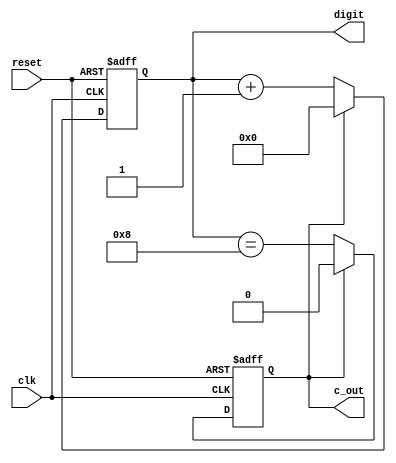
`timescale 1ns / 1ps
//////////////////////////////////////////////////////////////////////////////////
// Company: University of Moratuwa - Integrated Computer Engineering
// 
// Design Name: 
// Module Name:    bcd_digit 
// Project Name: 
// Target Devices: Nexsys2
// Tool versions: 
// Description: 
//
// Dependencies: 
//
// Revision: 
// Revision 2.00 - Reset removed
// Additional Comments: 
//
//////////////////////////////////////////////////////////////////////////////////
module bcd_digit(clk, reset, digit, c_out);
	
	input clk;
   input reset;
   output reg [3:0] digit;
   output reg c_out = 0;

	initial digit = 0;
	
	always @(negedge clk or posedge reset)
	begin
		c_out <= (digit == 4'b1000);

    if (reset)
		begin
			digit <= 0;
			c_out <= 0;
		end
	 else if (c_out)
		begin
			digit <= 0;
			c_out <= 0;
		end
	 else
		begin
			digit <= digit+1;
		end
	end
endmodule